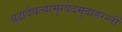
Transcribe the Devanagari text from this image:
ब्रह्मदैवत्यामृग्वेदमुदाहरन्तीं